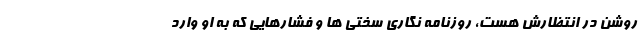
روشن در انتظارش هست، روزنامه نگاری سختی ها و فشارهایی که به او وارد